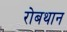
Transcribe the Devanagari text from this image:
रोबथान